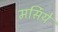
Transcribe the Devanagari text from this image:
मर्सिये